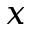
x